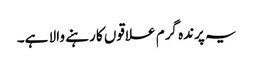
یہ پرندہ گرم علاقوں کا رہنے والا ہے۔